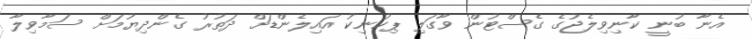
އެނާ ބުނީ ކާނިވިލެޖުގެ ގެސްޓުން ވާގަލި ޕިކުނިކު އައިލެންޑަށް ދަތުރު ގެންދިޔުމަށް ސަމާވިލާ